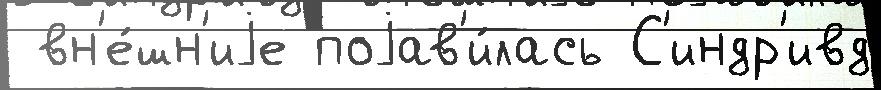
 вн'е́шн'иjе поjав'и́лась С'индр'ивд